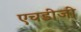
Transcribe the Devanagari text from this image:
एचडीजी